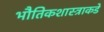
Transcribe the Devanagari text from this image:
भौतिकशास्त्राकडे